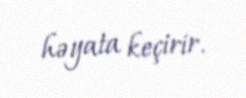
həyata keçirir.